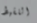
اللقيط